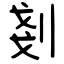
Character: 剗